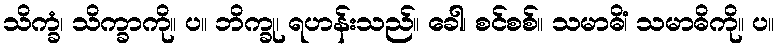
သိက္ခံ၊ သိက္ခာကို။ ပ။ ဘိက္ခု၊ ရဟန်းသည်။ ခေါ၊ စင်စစ်။ သမာဓိံ၊ သမာဓိကို။ ပ။